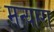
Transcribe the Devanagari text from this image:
मन्यारा